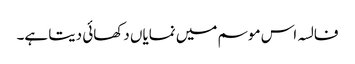
فالسہ اس موسم میں نمایاں دکھائی دیتا ہے۔